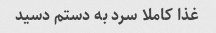
غذا کاملا سرد به دستم دسید